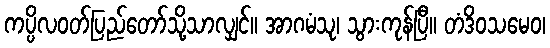
ကပ္ပိလဝတ်ပြည်တော်သို့သာလျှင်။ အာဂမံသု၊ သွားကုန်ပြီ။ တံဒိဝသမေဝ၊